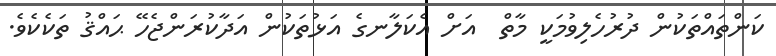
ކަންތައްތަކުން ދުރުހެލިވުމަކީ މާތް  އަށް އެކަލާނގެ އަޅުތަކުން އަދާކުރަންޖެހޭ ޙައްޤު ތަކެކެވެ.